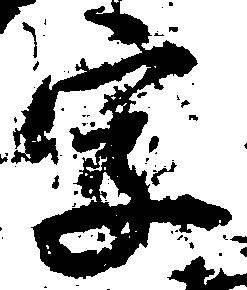
字